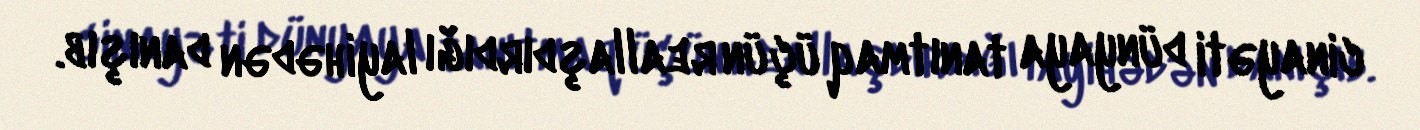
cinayəti dünyaya tanıtmaq üçün reallaşdırdığı layihədən danışıb.